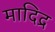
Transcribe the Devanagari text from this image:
मादिद्र